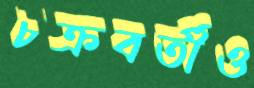
চক্রবর্তীও